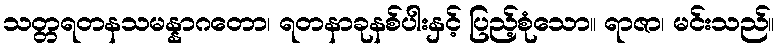
သတ္တရတနသမန္နာဂတော၊ ရတနာခုနစ်ပါးနှင့် ပြည့်စုံသော။ ရာဇာ၊ မင်းသည်။